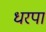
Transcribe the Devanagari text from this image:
धरपा